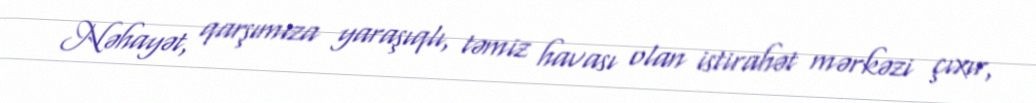
Nəhayət, qarşımıza yaraşıqlı, təmiz havası olan istirahət mərkəzi çıxır,